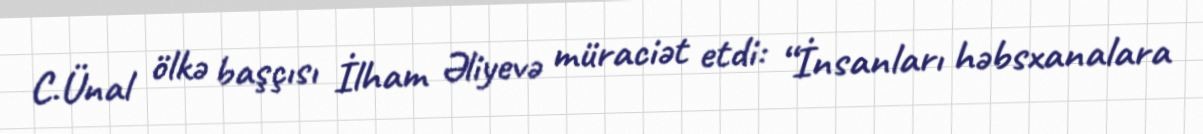
C.Ünal ölkə başçısı İlham Əliyevə müraciət etdi: “İnsanları həbsxanalara